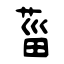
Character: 菑